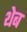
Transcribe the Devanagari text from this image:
थेब